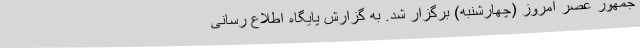
جمهور عصر امروز (چهارشنبه) برگزار شد. به گزارش پایگاه اطلاع رسانی